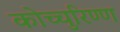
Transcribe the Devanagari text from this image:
कोच्चुरिण्ण